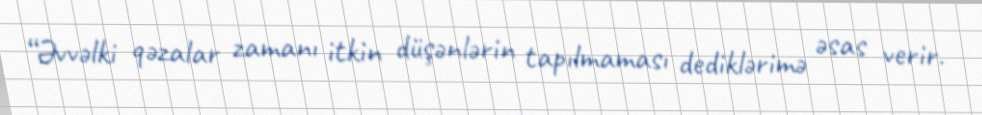
“Əvvəlki qəzalar zamanı itkin düşənlərin tapılmaması dediklərimə əsas verir.